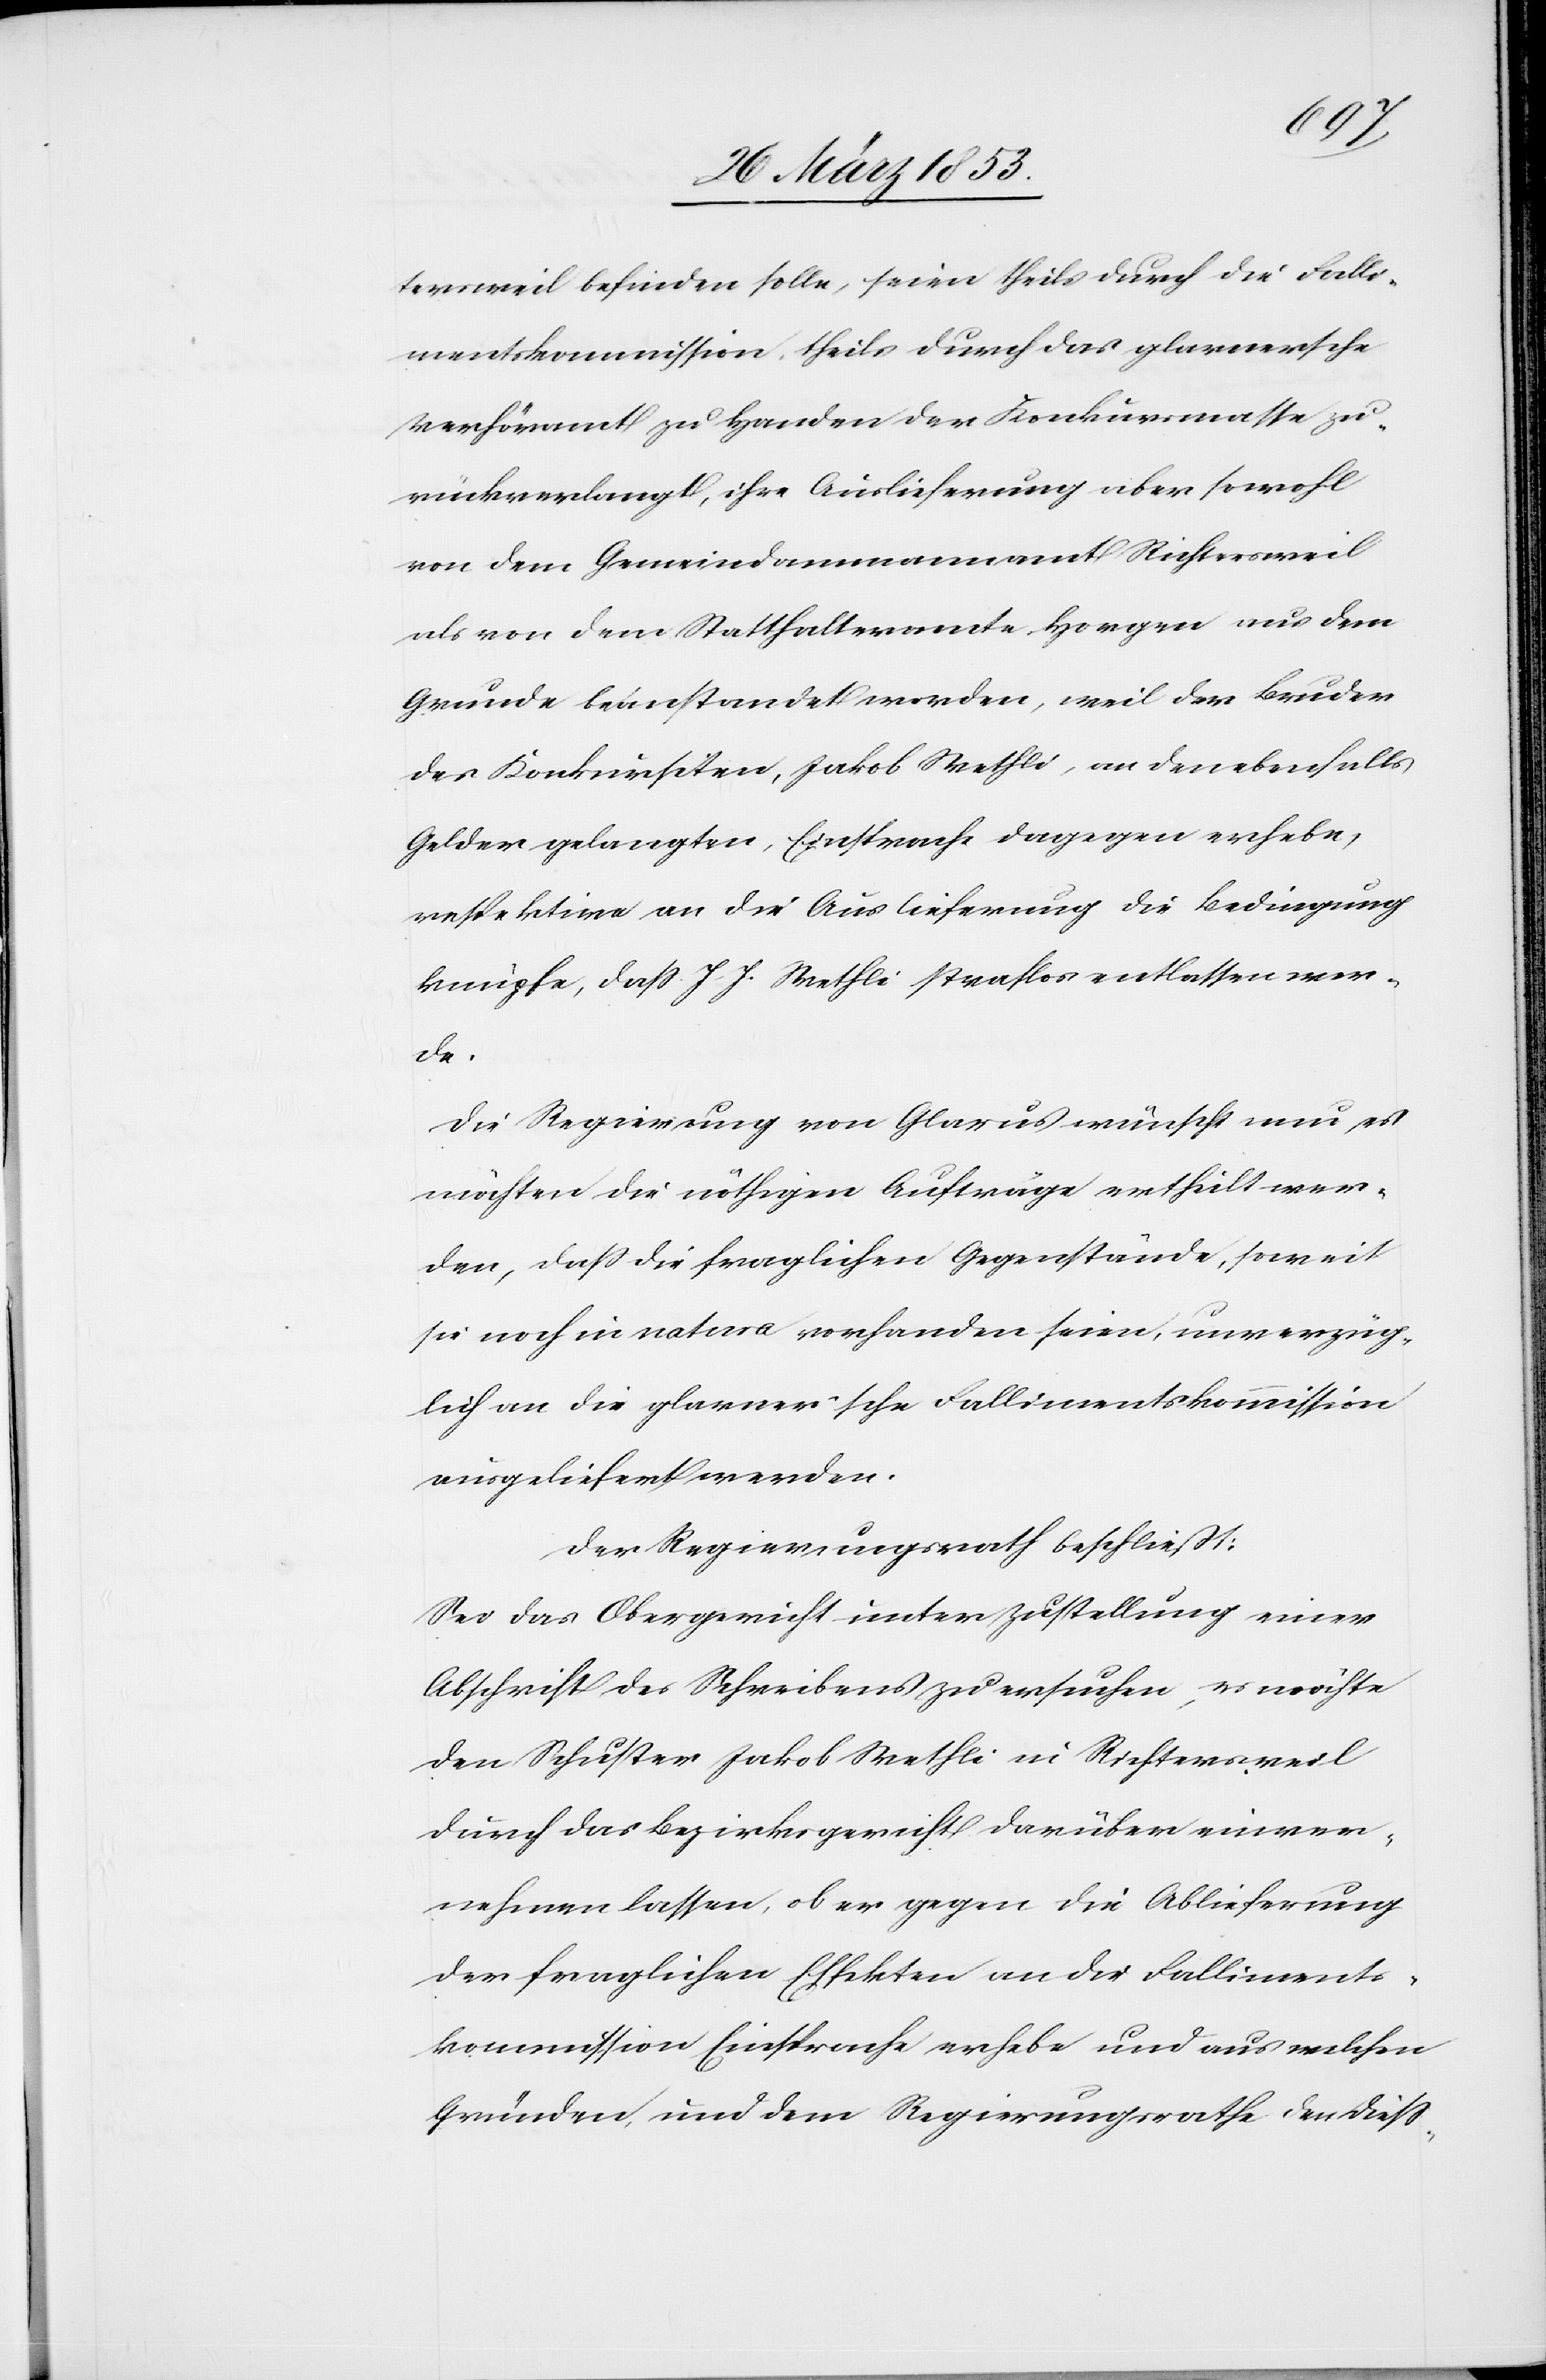
terschweil befinden sollen, seien theils durch die Falli¬
mentskommission, theils durch das glarnersche
Verhöramt zu Handen der Konkursmasse zu¬
rückverlangt, ihre Auslieferung aber sowohl
von dem Gemeindammannamt Richterschweil
als von dem Statthalteramte Horgen aus dem
Grunde beanstandet worden, weil der Bruder
des Konkursiten, Jakob Wethli, an den ebenfalls
Gelder gelangten, Einsprache dagegen erhebe,
respektive an der Auslieferung die Bedingung
knüpfe, daß J. J. Wethli straflos entlassen wer¬
de.
Die Regierung von Glarus wünscht nun es
möchten die nöthigen Aufträge ertheilt wer¬
den, daß die fraglichen Gegenstände, soweit
sie noch in natura vorhanden seien, unverzüg¬
lich an die glarnerische Fallimentskommission
ausgeliefert werden.
Der Regierungsrath beschließt:
Sei das Obergericht unter Zustellung einer
Abschrift des Schreibens zu ersuchen, es möchte
den Schuster Jakob Wethli in Richterschweil
durch das Bezirksgericht darüber einver¬
nehmen lassen, ob er gegen die Ablieferung
der fraglichen Effekten an die Falliments¬
kommission Einsprache erhebe und aus welchen
Gründen, und dem Regierungsrathe den dieß-